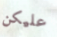
عليكن